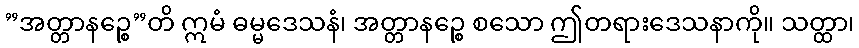
”အတ္တာနဉ္စေ”တိ ဣမံ ဓမ္မဒေသနံ၊ အတ္တာနဉ္စေ စသော ဤတရားဒေသနာကို။ သတ္ထာ၊